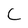
Character: C